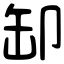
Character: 缷